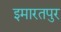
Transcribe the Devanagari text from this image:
इमारतपुर